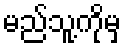
မည်သူ့ကိုမှ